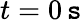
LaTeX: t=0\, \mathtt{s}